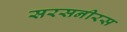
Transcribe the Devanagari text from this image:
सरसनीरस